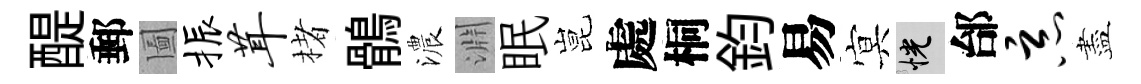
醍郵圗振茸楮鶻濃淵眠昆處桐鈞易㝠恍邰恶盡